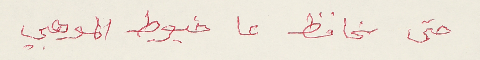
حتى نحافظ عاخيوط الموهبي